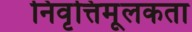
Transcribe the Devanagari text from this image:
निवृत्तिमूलकता